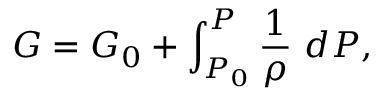
G = G _ { 0 } + \int _ { P _ { 0 } } ^ { P } \frac { 1 } { \rho } ~ d P ,